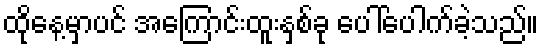
ထိုနေ့မှာပင် အကြောင်းထူးနှစ်ခု ပေါ်ပေါက်ခဲ့သည်။